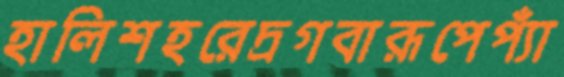
হালিশহরেদ্রগবারূপেপ্যাঁ